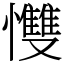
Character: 𢥠